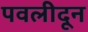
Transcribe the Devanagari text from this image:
पवलीदून